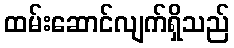
ထမ်းဆောင်လျက်ရှိသည်